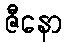
ဇီနော